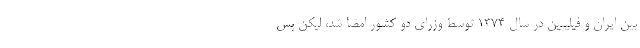
بین ایران و فیلیپین در سال 1374 توسط وزرای دو کشور امضا شد، لیکن پس